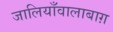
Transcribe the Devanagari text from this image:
जालियाँवालाबाग़